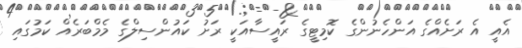
އެއީ އެ ރަށެއްގެ އަންހެނުންގެ ކޮމިޓީގެ ރައީސާއަކީ ރަށު ކައުންސިލްގެ މެމްބަރެއް ކަމުގައި